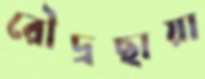
রৌদ্রছায়া